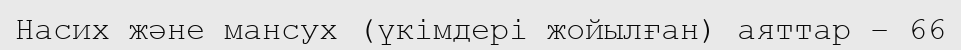
Насих және мансух (үкімдері жойылған) аяттар – 66